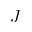
J